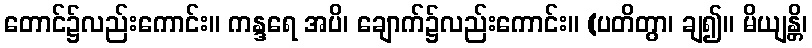
တောင်၌လည်းကောင်း။ ကန္ဒရေ အပိ၊ ချောက်၌လည်းကောင်း။ (ပတိတွာ၊ ချ၍။ မိယျန္တိ၊